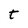
Character: t